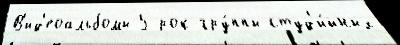
В'ид'еоальбомы 5 рок-гру́ппы студ'и́йных